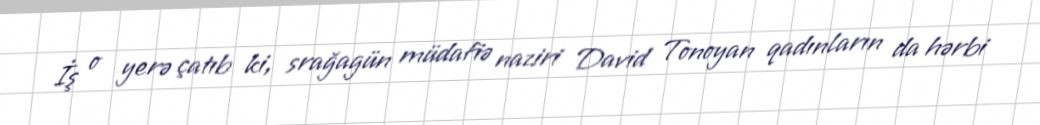
İş o yerə çatıb ki, srağagün müdafiə naziri David Tonoyan qadınların da hərbi